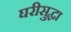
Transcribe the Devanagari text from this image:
घरीसुद्धा